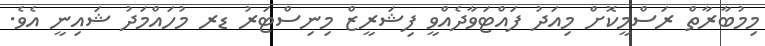
މިމުބާރާތް ރަސްމީކޮށް މިއަދު ފައްޓަވާދެއްވީ ފިޝަރީޒް މިނިސްޓަރު ޑރ މުހައްމަދު ޝައިނީ އެވެ.